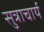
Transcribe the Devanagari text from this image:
सुत्राचार्य